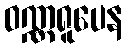
ဝဏ္ဏရူပေန